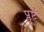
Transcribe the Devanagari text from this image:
प्लुष्टं